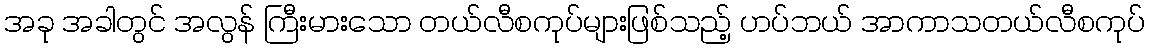
အခု အခါတွင် အလွန် ကြီးမားသော တယ်လီစကုပ်များဖြစ်သည့် ဟပ်ဘယ် အာကာသတယ်လီစကုပ်